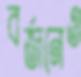
বর্জনেও